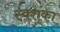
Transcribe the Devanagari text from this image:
स्वशंका